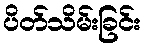
ပိတ်သိမ်းခြင်း